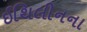
ઈથિલીનના